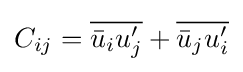
C_{ij}={\overline {{\bar {u}}_{i}u_{j}^{\prime }}}+{\overline {{\bar {u}}_{j}u_{i}^{\prime }}}